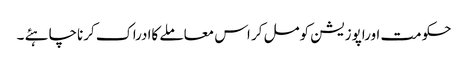
حکومت اوراپوزیشن کومل کر اس معاملے کاادراک کرناچاہئے ۔